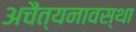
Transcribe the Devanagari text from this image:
अचैत्यनावस्था